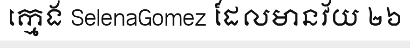
ក្មេង SelenaGomez ដែលមានវ័យ ២៦